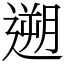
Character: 遡